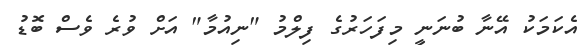
އެކަމަކު އޭނާ ބުނަނީ މިފަހަރުގެ ފިލްމު "ނިއުމާ" އަށް ވުރެ ވެސް ބޮޑު